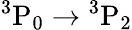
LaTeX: \mathrm{{}^{3}P_{0}\rightarrow{}^{3}P_{2}}